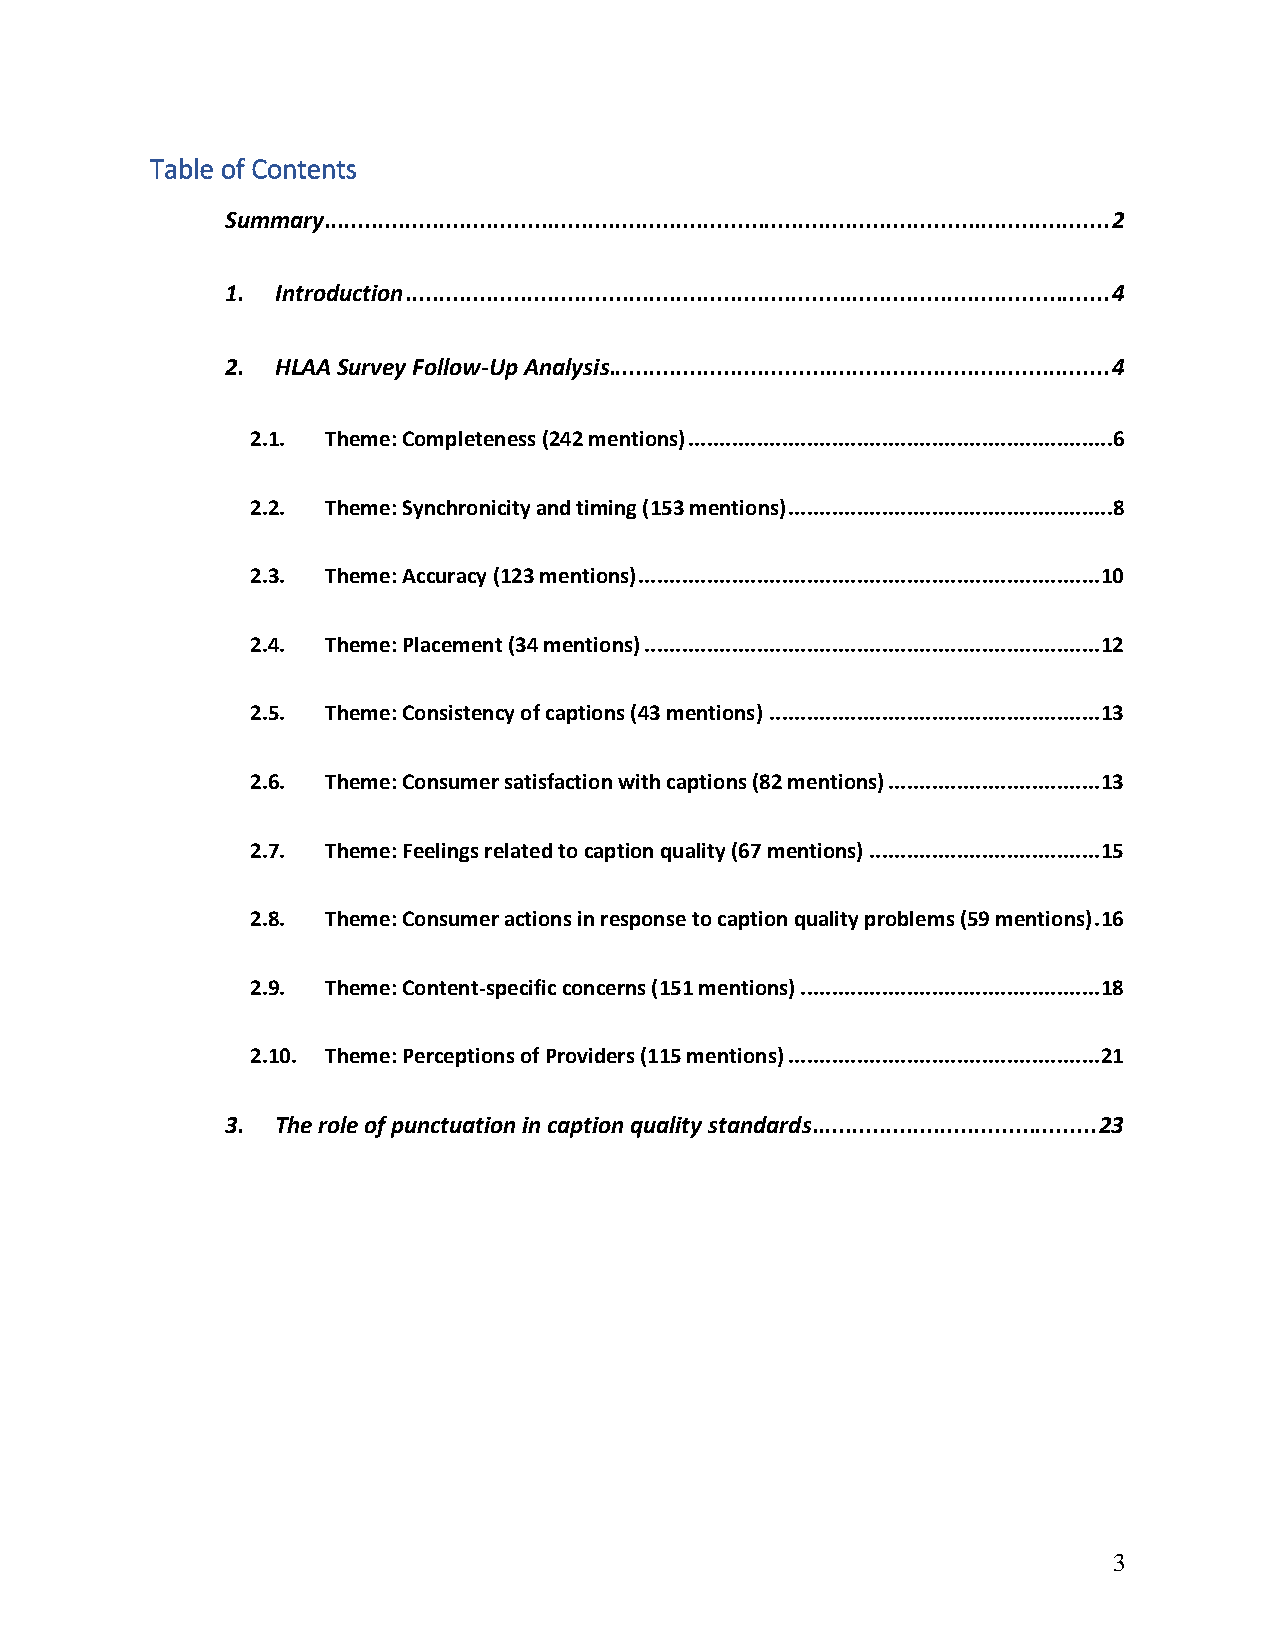
Table of Contents
 Summary .................................................................................................................... 2
 1. Introduction ........................................................................................................ 4
 2. HLAA Survey Follow-Up Analysis.......................................................................... 4
 2.1. Theme: Completeness (242 mentions) ....................................................................6
 2.2. Theme: Synchronicity and timing (153 mentions) ....................................................8
 2.3. Theme: Accuracy (123 mentions) .......................................................................... 10
 2.4. Theme: Placement (34 mentions) ......................................................................... 12
 2.5. Theme: Consistency of captions (43 mentions) ..................................................... 13
 2.6. Theme: Consumer satisfaction with captions (82 mentions) .................................. 13
 2.7. Theme: Feelings related to caption quality (67 mentions) ..................................... 15
 2.8. Theme: Consumer actions in response to caption quality problems (59 mentions) . 16
 2.9. Theme: Content-specific concerns (151 mentions) ................................................ 18
 2.10. Theme: Perceptions of Providers (115 mentions) .................................................. 21
 3. The role of punctuation in caption quality standards.......................................... 23
 3